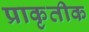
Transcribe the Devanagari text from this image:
प्राकृतीक